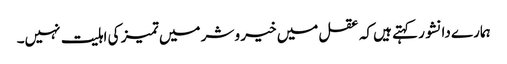
ہمارے دانشور کہتے ہیں کہ عقل میں خیر و شر میں تمیز کی اہلیت نہیں۔